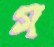
গ